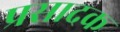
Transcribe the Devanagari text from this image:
प्रसादक